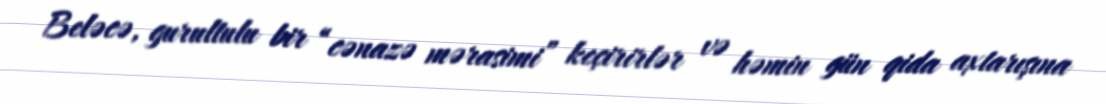
Beləcə, gurultulu bir “cənazə mərasimi” keçirirlər və həmin gün qida axtarışına